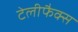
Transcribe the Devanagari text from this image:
टेलीफैक्स